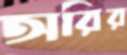
অরির